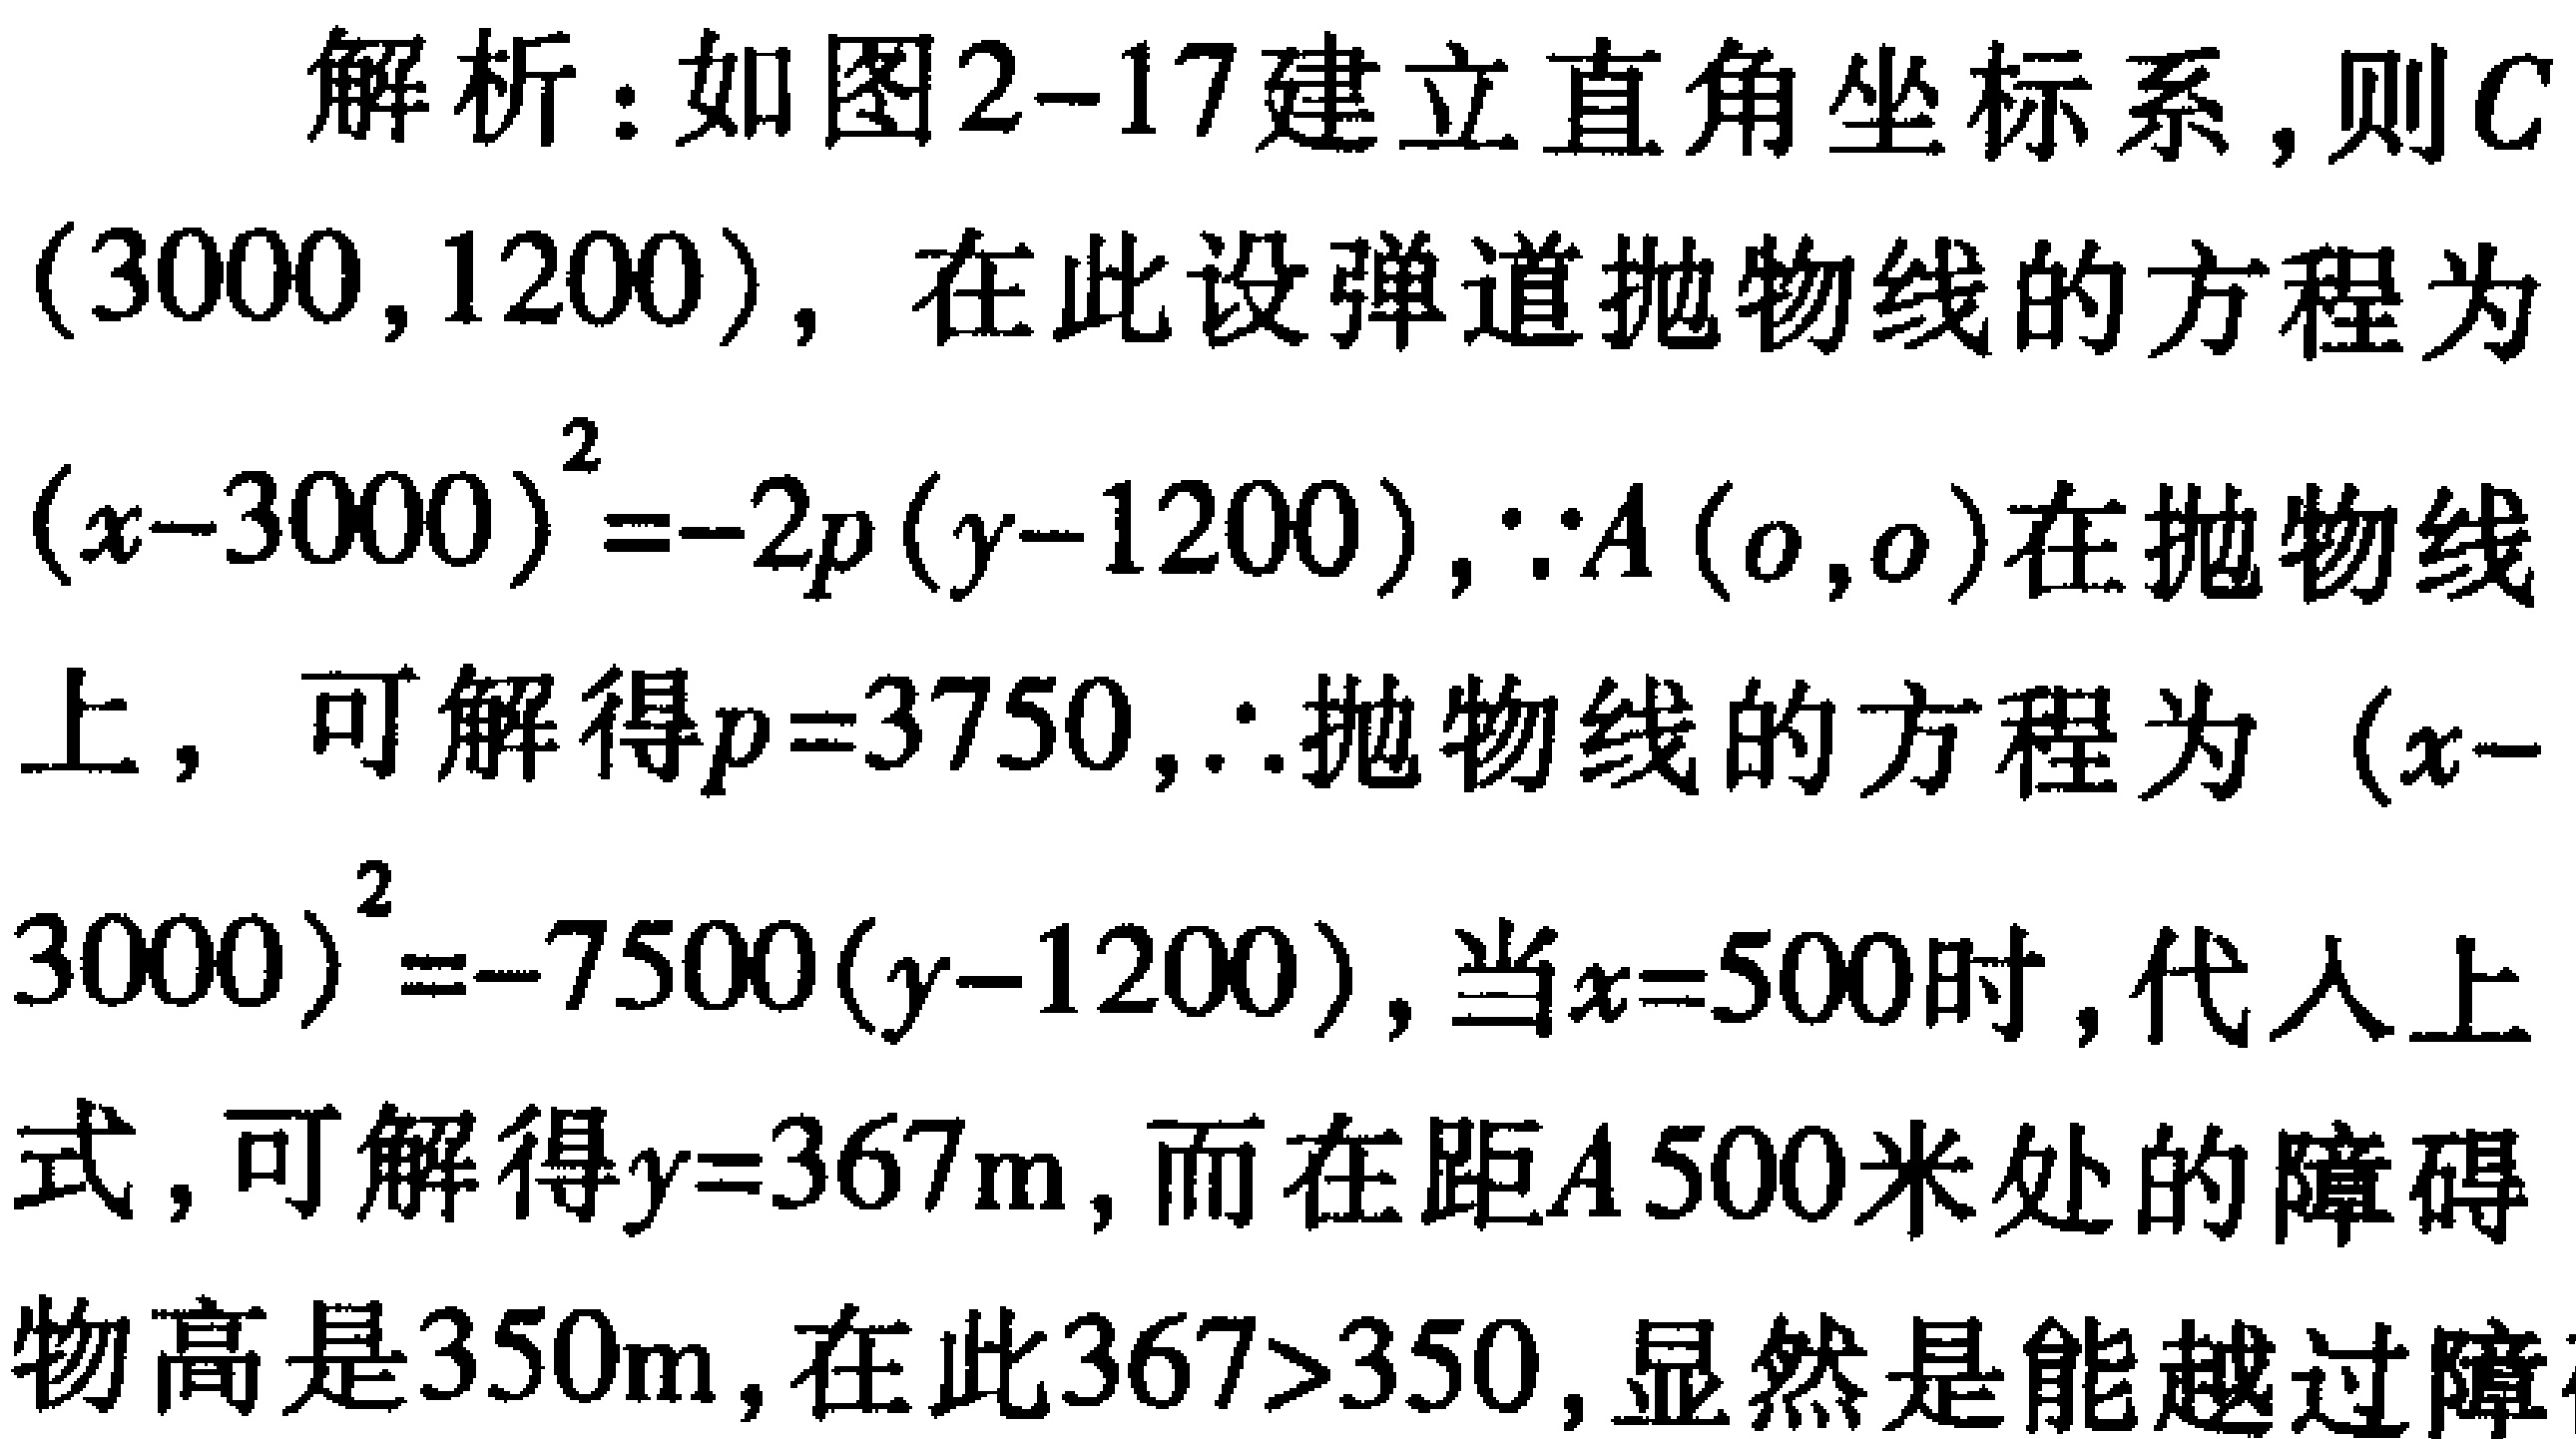
解析：如图2-17建立直角坐标系，则\(C(3000,1200)\)，在此设弹道抛物线的方程为\((x - 3000)^2=-2p(y - 1200)\)，\(\because A(0,0)\)在抛物线上，可解得\(p = 3750\)，\(\therefore\)抛物线的方程为\((x - 3000)^2=-7500(y - 1200)\)，当\(x = 500\)时，代入上式，可解得\(y = 367m\)，而在距\(A\ 500\)米处的障碍物高是\(350m\)，在此\(367>350\)，显然是能越过障